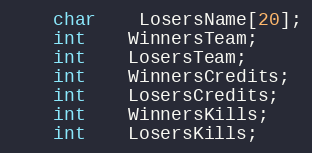
Language: C
	char	LosersName[20];
	int	WinnersTeam;
	int	LosersTeam;
	int	WinnersCredits;
	int	LosersCredits;
	int	WinnersKills;
	int	LosersKills;